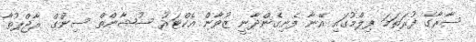
ސާރާގެ ފުރަތަމަ ފިލްމުގައި އޭނާ ފެނިގެންދާނީ ޒުވާން އެކްޓަރު ސުޝާންތް ސިންގް ރާޖްޕުތާ